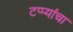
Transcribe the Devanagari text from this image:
टप्प्यांचा